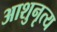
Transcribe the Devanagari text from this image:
आशुनृत्य